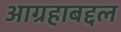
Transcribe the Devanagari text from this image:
आग्रहाबद्दल